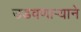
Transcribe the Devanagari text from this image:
उडवणाऱ्याने